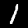
Digit: 1